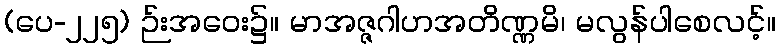
(ပေ-၂၂၅) ဉ်းအဝေး၌။ မာအဇ္ဇဂါဟအတိဏ္ဏမိ၊ မလွန်ပါစေလင့်။